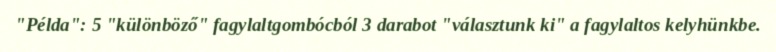
"Példa": 5 "különböző" fagylaltgombócból 3 darabot "választunk ki" a fagylaltos kelyhünkbe.